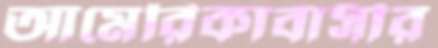
আমেরিকাবাসীর